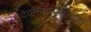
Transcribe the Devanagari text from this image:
देवनागरीसारखेच